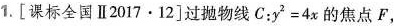
1.[课标全国Ⅱ2017·12]过抛物线C：$$y^{2}=4x$$的焦点F，